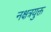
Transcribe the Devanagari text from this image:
नक्षत्रयुक्त